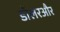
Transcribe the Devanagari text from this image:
डॉलरऔर